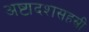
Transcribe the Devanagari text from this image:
अष्टादशसहस्री